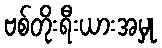
ဗစ်တိုးရီးယားအမှု